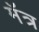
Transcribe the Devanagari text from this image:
मॅत्र